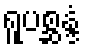
ရူပစ္ဆန္ဒံ